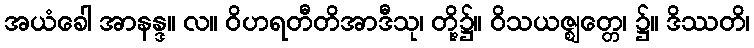
အယံခေါ အာနန္ဒ။ လ။ ဝိဟရတီတိအာဒီသု၊ တို့၌။ ဝိသယဇ္ဈတ္တေ၊ ၌။ ဒိဿတိ၊